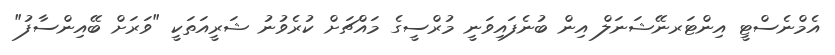
އެމްނެސްޓީ އިންޓަރނޭޝަނަލް އިން ބުނެފައިވަނީ މުރްސީގެ މައްޗަށް ކުރެވުނު ޝަރީއަތަކީ "ވަރަށް ބޭއިންސާފު"